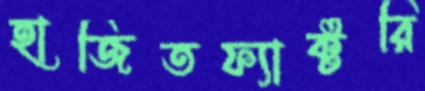
হাজিতফ্যাক্টরি